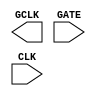
/**
 * Copyright 2020 The SkyWater PDK Authors
 *
 * Licensed under the Apache License, Version 2.0 (the "License");
 * you may not use this file except in compliance with the License.
 * You may obtain a copy of the License at
 *
 *     https://www.apache.org/licenses/LICENSE-2.0
 *
 * Unless required by applicable law or agreed to in writing, software
 * distributed under the License is distributed on an "AS IS" BASIS,
 * WITHOUT WARRANTIES OR CONDITIONS OF ANY KIND, either express or implied.
 * See the License for the specific language governing permissions and
 * limitations under the License.
 *
 * SPDX-License-Identifier: Apache-2.0
 */

`ifndef SKY130_FD_SC_HD__DLCLKP_BLACKBOX_V
`define SKY130_FD_SC_HD__DLCLKP_BLACKBOX_V

/**
 * dlclkp: Clock gate.
 *
 * Verilog stub definition (black box without power pins).
 *
 * WARNING: This file is autogenerated, do not modify directly!
 */

`timescale 1ns / 1ps
`default_nettype none

(* blackbox *)
module sky130_fd_sc_hd__dlclkp (
    GCLK,
    GATE,
    CLK
);

    output GCLK;
    input  GATE;
    input  CLK ;

    // Voltage supply signals
    supply1 VPWR;
    supply0 VGND;
    supply1 VPB ;
    supply0 VNB ;

endmodule

`default_nettype wire
`endif  // SKY130_FD_SC_HD__DLCLKP_BLACKBOX_V